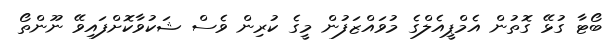
ބޯޓާ ގުޅޭ ގޮތުން އެމްޕީއެލްގެ މުވައްޒަފުން މީގެ ކުރިން ވެސް ޝަކުވާކޮށްފައިވޭ ނޫންތޯ